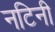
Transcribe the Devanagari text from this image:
नटिनी